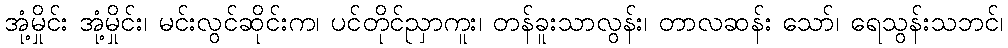
အုံ့မှိုင်း အုံ့မှိုင်း၊ မင်းလွင်ဆိုင်းက၊ ပင်တိုင်ညှာကူး၊ တန်ခူးသာလွန်း၊ တာလဆန်း သော်၊ ရေသွန်းသဘင်၊